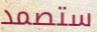
ستصمد